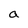
Character: a